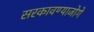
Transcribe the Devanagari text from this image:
सरकावण्याजोगे